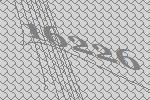
16226